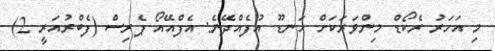
މި އަހަރު ރެކޯޑް މިންވަރަކަށް ހަނޑޫ އުފެއްދޭނެ: އެފްއޭއޯ ޕެރިސް (ފެބްރުއަރީ 2)